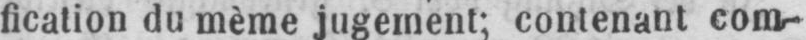
fication du mème jugement; contenant com-